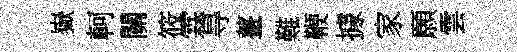
嶽軻關筱霖㝵薹難鞭據家願雲